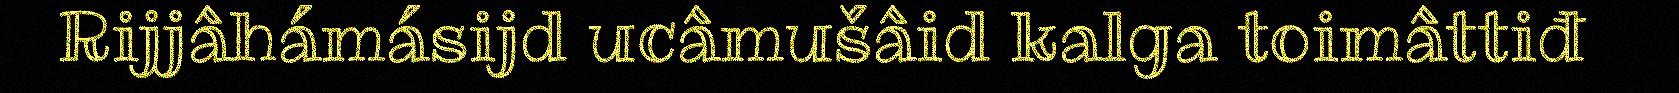
Rijjâhámásijd ucâmušâid kalga toimâttiđ